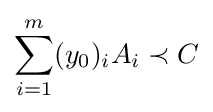
\sum _{i=1}^{m}(y_{0})_{i}A_{i}\prec C